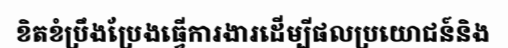
ខិតខំប្រឹងប្រែងធ្វើការងារដើម្បីផលប្រយោជន៍និង